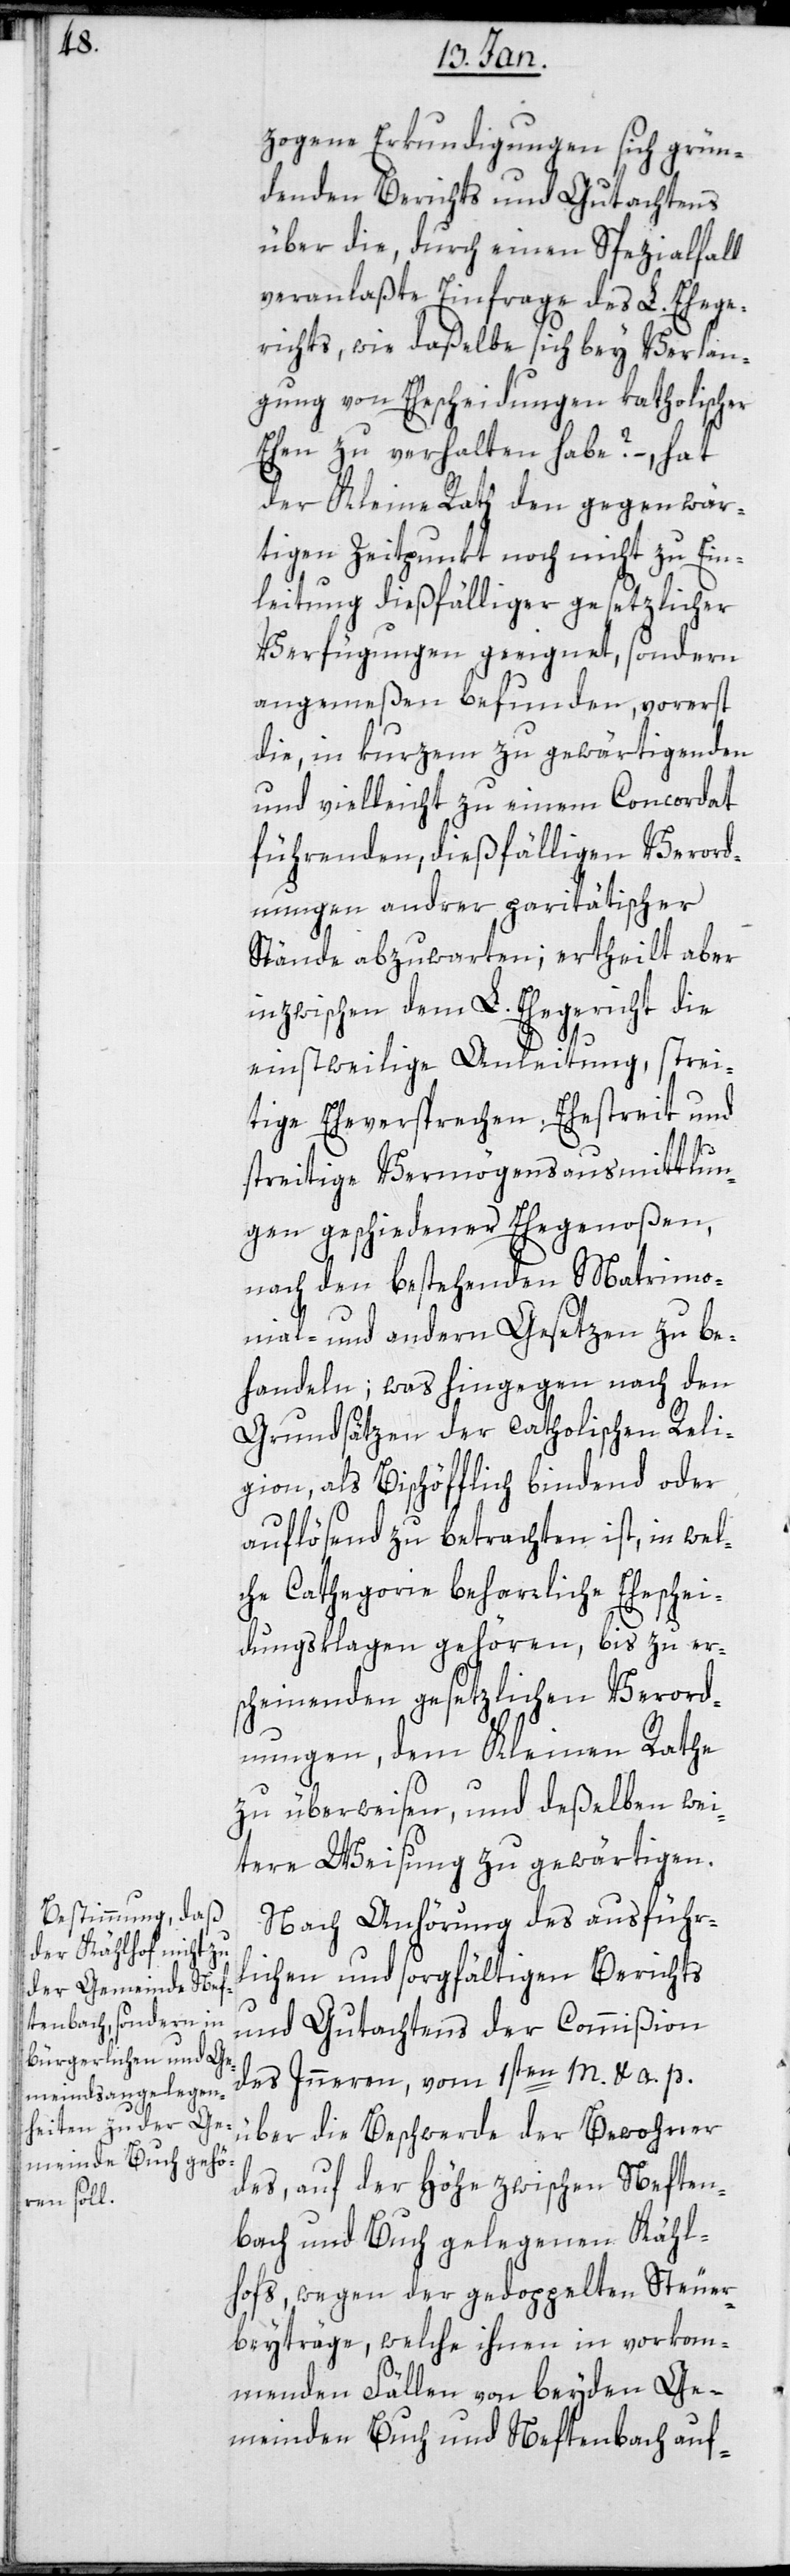
zogene Erkundigungen sich grün¬
denden Berichts und Gutachtens
über die, durch einen Spezialfall
veranlaßte Einfrage des L. Ehege¬
richts, wie dasselbe sich bey Verlan¬
gung von Ehescheidungen katholischer
Ehen zu verhalten habe? – hat
der Kleine Rath den gegenwär¬
tigen Zeitpunkt noch nicht zu Ein¬
leitung dießfälliger gesetzlicher
Verfügungen geeignet, sondern
angemeßen befunden, vorerst
die in Kurzem zu gewärtigenden
und vielleicht zu einem Concordat
führenden, dießfälligen Verord¬
nungen andrer paritätischer
Stände abzuwarten; ertheilt aber
inzwischen dem L. Ehegericht die
einstweilige Anleitung, strei¬
tige Eheversprechen, Ehestreit und
streitige Vermögensausmittlun¬
gen geschiedener Ehegenoßen,
nach den bestehenden Matrimo¬
nial- und andern Gesetzen zu be¬
handeln; was hingegen nach den
Grundsätzen der catholischen Reli¬
gion, als Bischöfflich bindend oder
auflösend zu betrachten ist, in wel¬
che Cathegorie beharrliche Eheschei¬
dungsklagen gehören, bis zu er¬
scheinenden gesetzlichen Verord¬
nungen, dem Kleinen Rathe
zu überweisen, und desselben wei¬
tere Weisung zu gewärtigen.
Nach Anhörung des ausführ¬
lichen und sorgfältigen Berichts
und Gutachtens der Commißion
des Innern, vom 1sten m. u. a. p.,
über die Beschwerde der Bewohner
des auf der Höhe zwischen Neften¬
bach und Buch gelegenen Kähl¬
hofs, wegen der gedoppelten Steuer¬
beyträge, welche ihnen in vorkom¬
menden Fällen von beyden Ge¬
meinden Buch und Neftenbach auf-